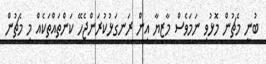
ބުނީ މެޗުން މޮޅުވި ނަމަވެސް މާޒިޔާ އިން ރަނގަޅުކުރަންޖެހޭ ކަންތައްތަކެއް މި މެޗުން